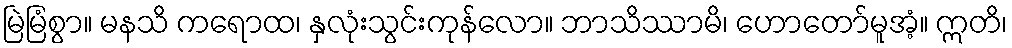
မြဲမြံစွာ။ မနသိ ကရောထ၊ နှလုံးသွင်းကုန်လော။ ဘာသိဿာမိ၊ ဟောတော်မူအံ့။ ဣတိ၊